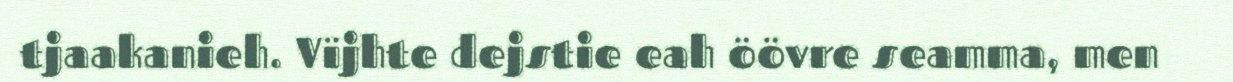
tjaakanieh. Vïjhte dejstie eah öövre seamma, men